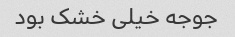
جوجه خیلی خشک بود